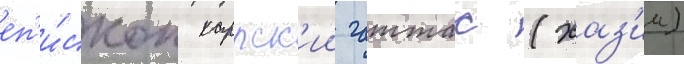
еп'и́скоп каррск'ии гаттас (хаз'им)